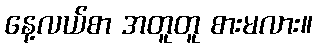
နေ့လယ်စာ အတူတူ စားမလား။